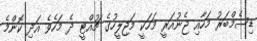
ޑިސެމްބަރު މަހާއި ޖެނުއަރީ މަހަކީ މަޖިލީހުގެ ޗުއްޓީ ދެ މަހެވެ އަދި ކޮންމެ